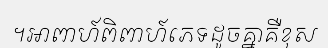
។អាពាហ៍ពិពាហ៍ភេទដូចគ្នាគឺខុស